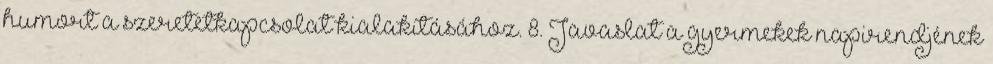
humort a szeretetkapcsolat kialakításához. 8. Javaslat a gyermekek napirendjének